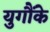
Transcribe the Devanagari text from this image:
युगौंके